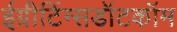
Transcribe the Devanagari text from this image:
ईग्रीटिंग्सडॉटकॉम